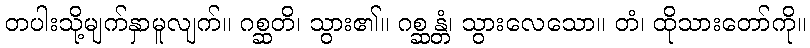
တပါးသို့မျက်နှာမူလျက်။ ဂစ္ဆတိ၊ သွား၏။ ဂစ္ဆန္တံ၊ သွားလေသော။ တံ၊ ထိုသားတော်ကို။